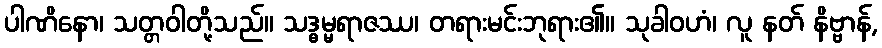
ပါဏိနော၊ သတ္တဝါတို့သည်။ သဒ္ဓမ္မရာဇဿ၊ တရားမင်းဘုရား၏။ သုခါဝဟံ၊ လူ နတ် နိဗ္ဗာန်,